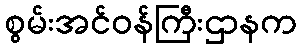
စွမ်းအင်ဝန်ကြီးဌာနက